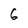
Character: 6